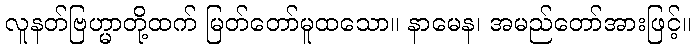
လူနတ်ဗြဟ္မာတို့ထက် မြတ်တော်မူထသော။ နာမေန၊ အမည်တော်အားဖြင့်။